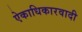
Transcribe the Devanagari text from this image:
ऐकाधिकारवादी